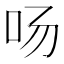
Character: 𱒂